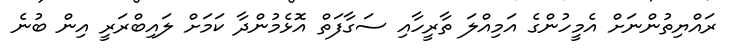
ރައްޔިތުންނަށް އެމީހުންގެ އަމިއްލަ ތާރީހާއި ސަގާފަތް އޮޅެމުންދާ ކަމަށް ލައިބްރަރީ އިން ބުނެ